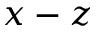
x - z